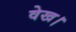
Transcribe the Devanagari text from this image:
वेख।